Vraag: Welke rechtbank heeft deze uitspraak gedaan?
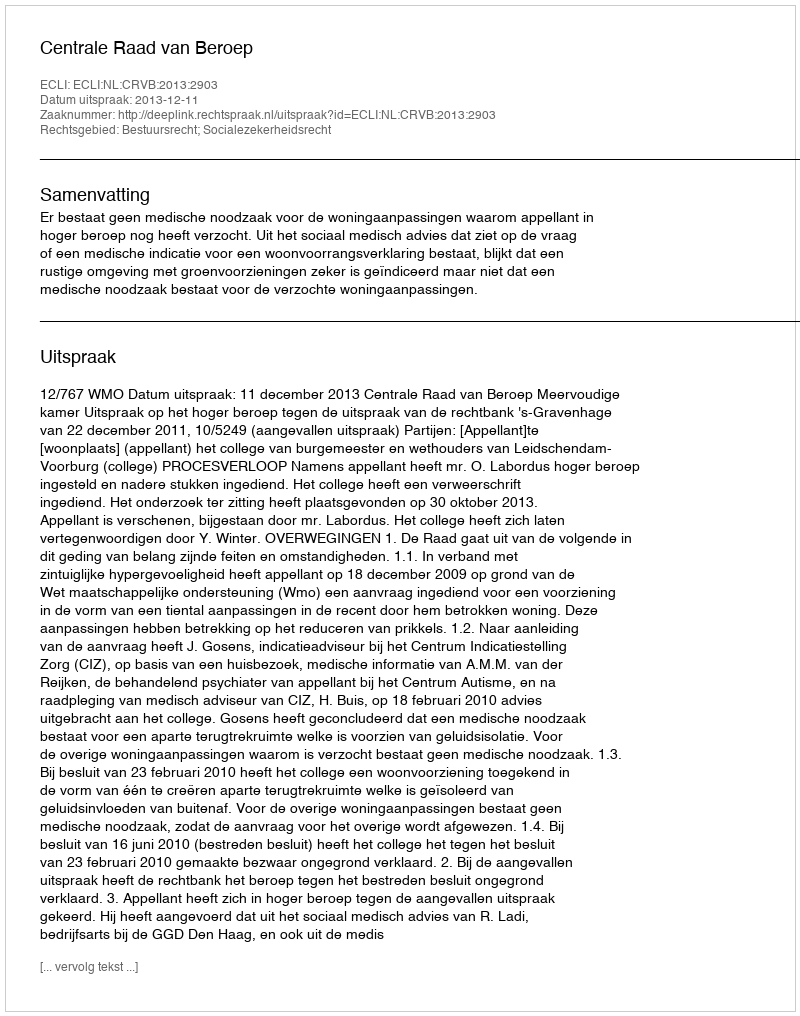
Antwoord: Centrale Raad van Beroep